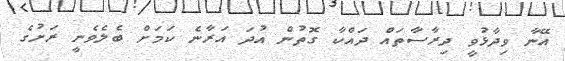
އޭނާ ވިދާޅުވީ ދިރާސާތައް ދައްކާ ގޮތުން އުދަ އަރާނެ ކަމަށް ބެލެވެނީ ރަށުގެ